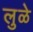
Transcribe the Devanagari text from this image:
लुळे